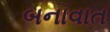
બનાવાત